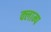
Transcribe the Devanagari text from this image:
क्लाम्प